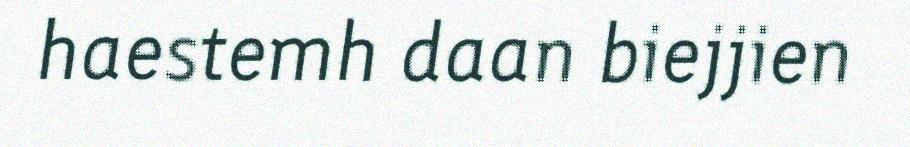
haestemh daan biejjien